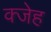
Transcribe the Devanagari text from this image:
क्जेह